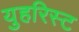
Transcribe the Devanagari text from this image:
युहरिस्ट